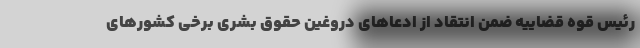
رئیس قوه قضاییه ضمن انتقاد از ادعا‌های دروغین حقوق بشری برخی کشور‌های